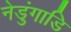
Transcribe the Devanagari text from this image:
नेडुंगाडि